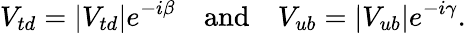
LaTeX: V_{td}=|V_{td}|e^{-i\beta}\quad\mathrm{and}\quad V_{ub}=|V_{ub}|e^{-i\gamma}.